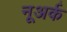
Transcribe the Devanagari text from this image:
नूअर्क